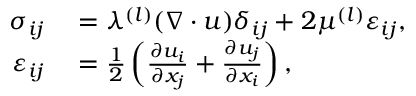
\begin{array} { r l } { \sigma _ { i j } } & { { } = \lambda ^ { ( l ) } ( \nabla \cdot u ) \delta _ { i j } + 2 \mu ^ { ( l ) } \varepsilon _ { i j } , } \\ { \varepsilon _ { i j } } & { { } = \frac { 1 } { 2 } \left( \frac { \partial u _ { i } } { \partial x _ { j } } + \frac { \partial u _ { j } } { \partial x _ { i } } \right) , } \end{array}